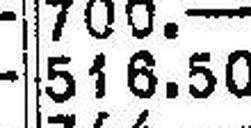
516.50